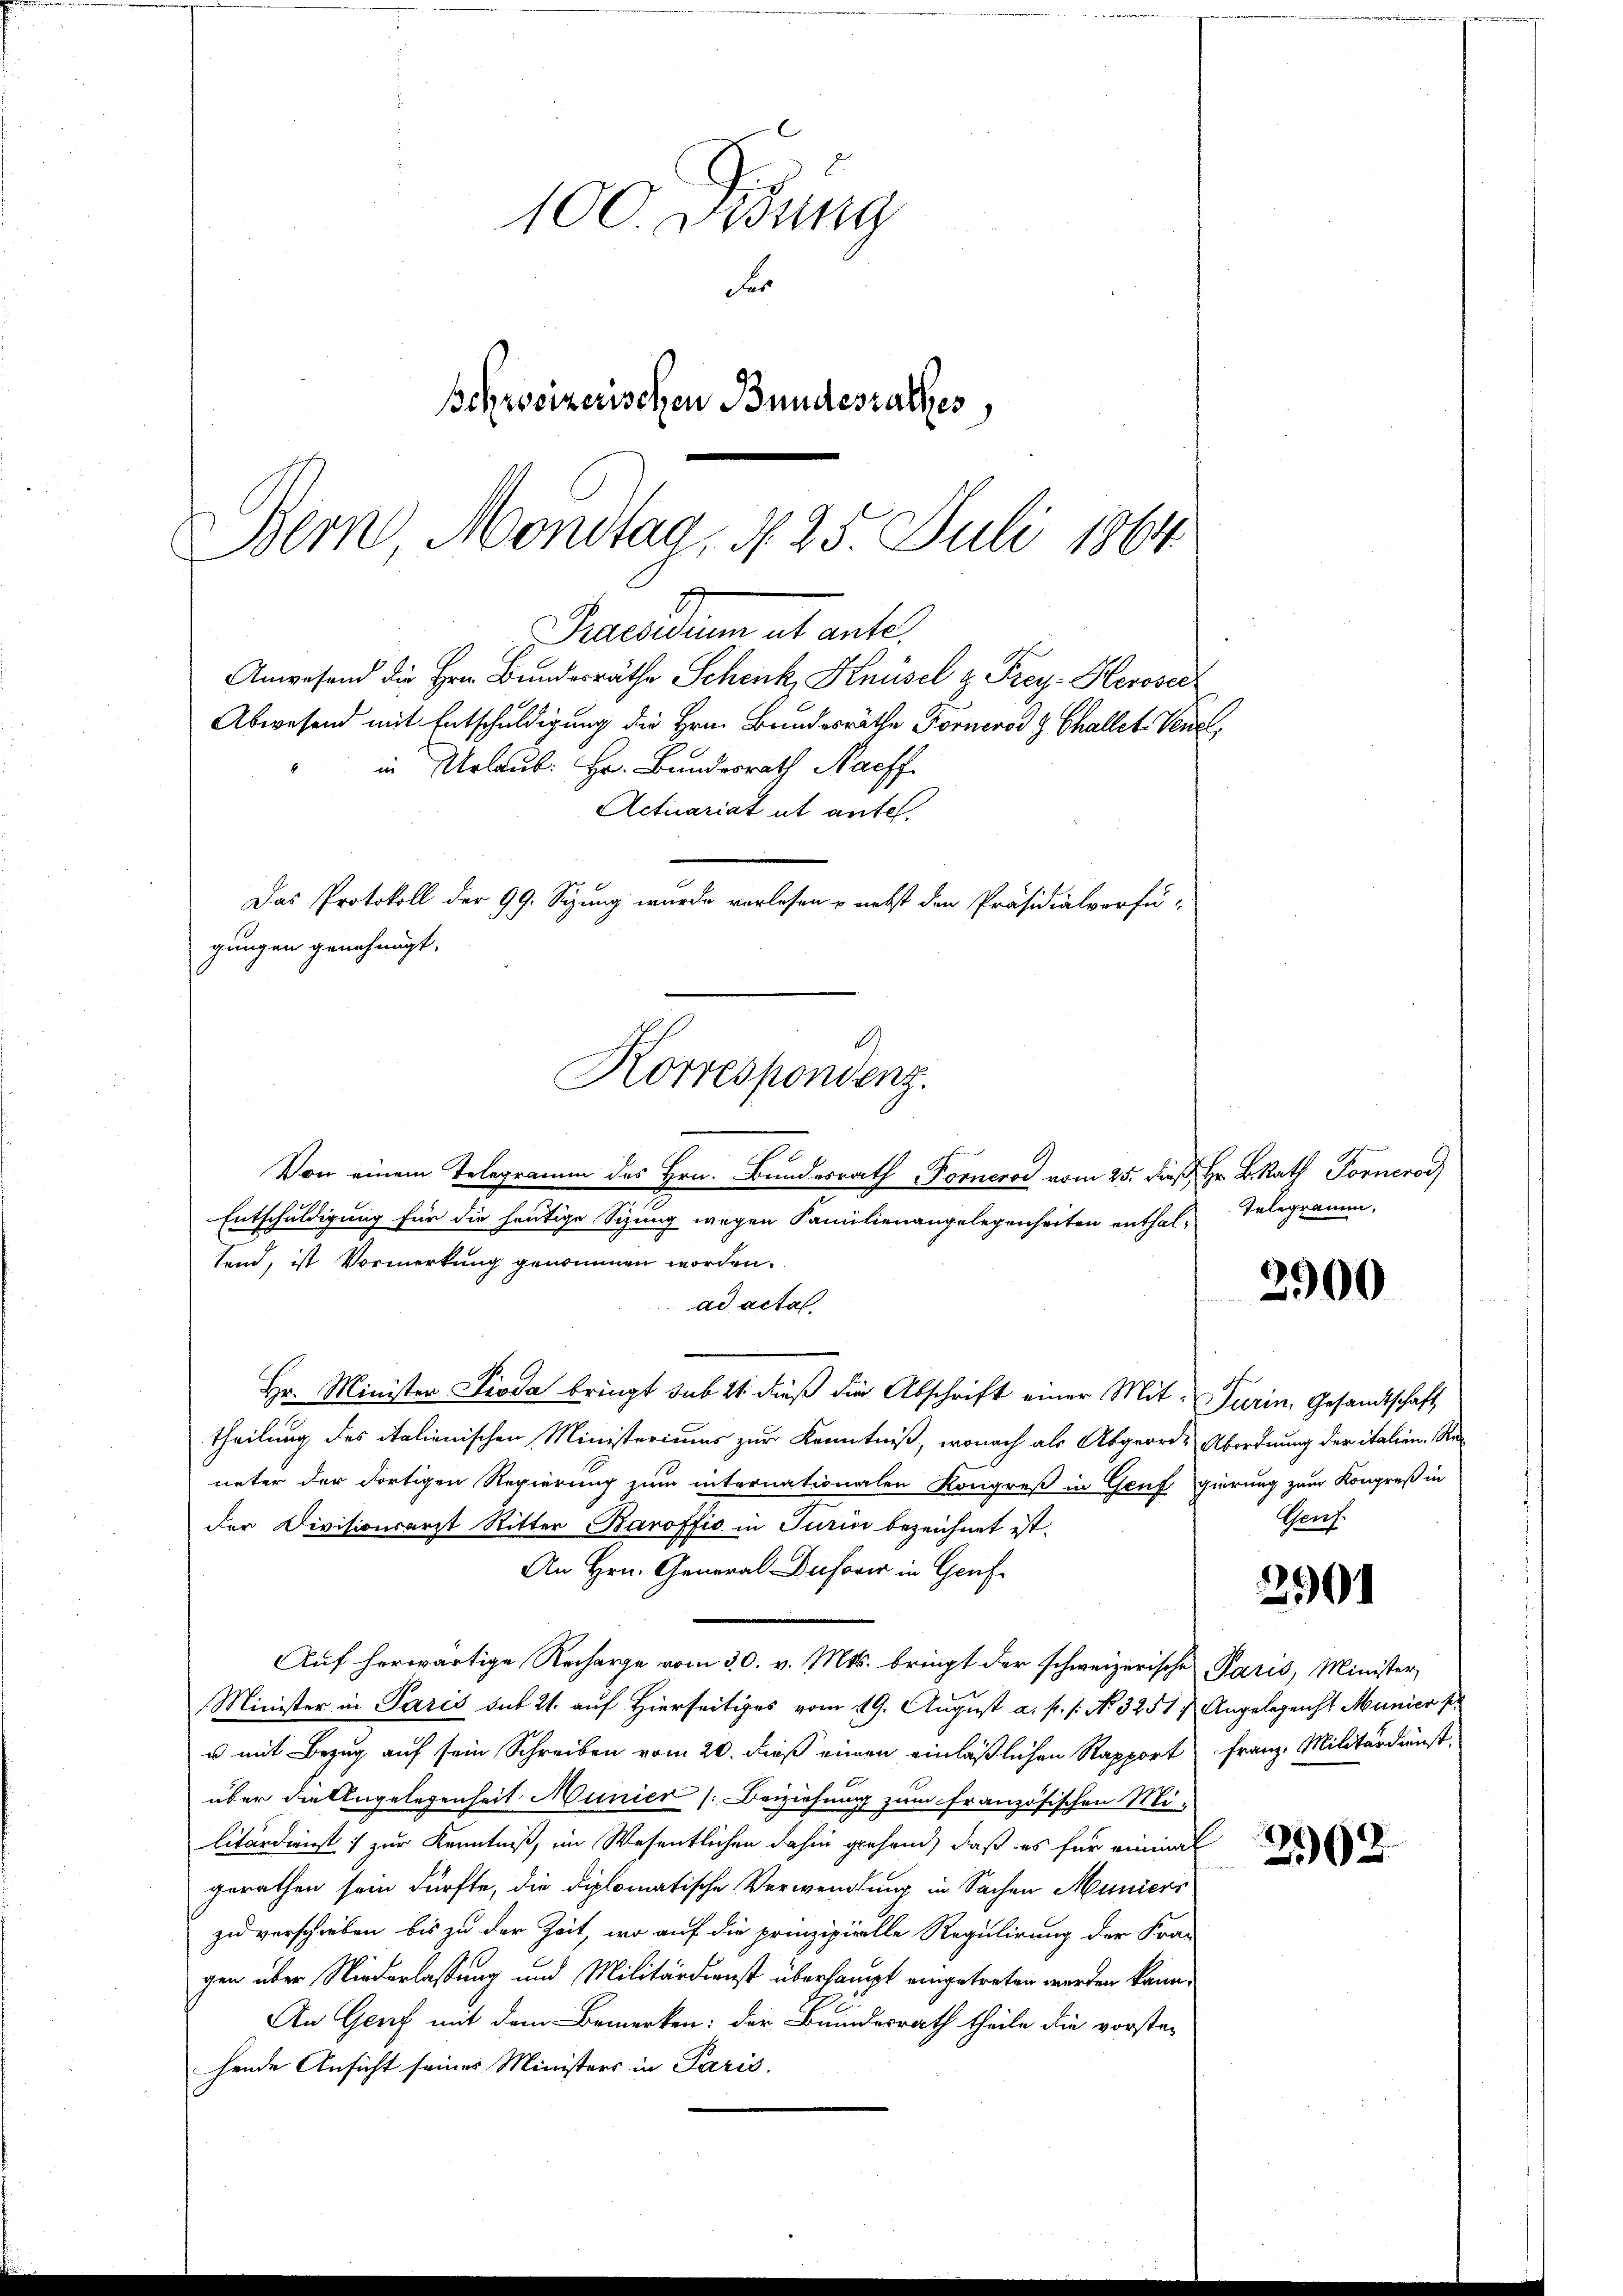
Das Protokoll der 99. Sizung wurde verlesen & nebst den Präsidialverfü-
gungen genehmigt.
Korrespondenz.

100. Didung
er
schweizerischen Bundesrathes,
Bern, Mondtag, N. 25. Juli 1864.

7
Praesidium ut ante,
Anwesend die Hrn. Bundesräthe Schenk, Knüsel & Frey. Heroser
Abwesend mit Entschuldigung die Hrn. Bundesräthe Fornerod & Challet Venet,
in Urlaub. Hr. Bundesrath Nachf

Actuariat et ante.

Von einem Telegramm des Hrn. Bundesrath Forneros vom 25. dieß Hr. BRat For
Entschuldigung für die heutige Sizung wegen Familienangelegenheiten enthaltend, ist Vormerkung genommen worden.
ad acta
Hr. Minister Pioda bringt sub 21 dieß die Abschrift einer Mit Turin, Gesandtschaft
theilung des italienischen Ministeriums zur Kenntniß, wonach als Abgeordes Abordnung der italien, Reueter der dortigen Regierung zum internationalen Kongreß in Genf gierung zum Kongreß in
der Divisionsarzt Ritter Baroffio in Turin bezeichnet ist.
An Hrn. General Dufover in Genf
Auf herwärtige Recharge vom 30. v. Mts. bringt der schweizerische Paris, Minister-
Minister in Paris sub 21. auf Hierseitiges vom 19. August a. p. 1. No. 3251 u Angelegenst Munier s
u mit Bezug auf sein Schreiben vom 20. dieß einen einläßlichen Rapport Franz. Militärdienst
über die Angelegenheit Munici (Beiziehung zum französischen Mi-
litärdienst zur Kenntniß, im Wesentlichen dahin gehend, daß es für einmal
gerathen sein dürfte, die diplomatische Verwendung in Sachen Muniers
zu verschieben bis zu der Zeit, wo auf die prinzipirelle Regulirung der Fran
gen über Niederlassung und Militärdienst überhaupt eingetreten werden kann,
An Genf mit dem Bemerken: der Bundesrath theile die vorstehende Ansicht seines Ministers in Paris.

Telegramm,

2900

Genf.

2901

298